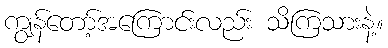
ကျွန်တော့်အကြောင်းလည်း သိကြသားနဲ့။